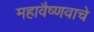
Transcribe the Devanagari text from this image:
महावैष्णवाचे